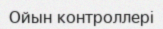
Ойын контроллері